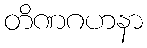
တိဏဂဟနာ